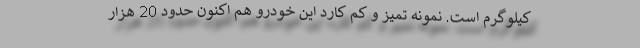
کیلوگرم است. نمونه تمیز و کم کارد این خودرو هم اکنون حدود 20 هزار